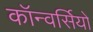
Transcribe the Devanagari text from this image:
कॉन्वर्सियो